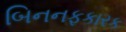
બિનનફકારક